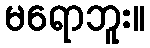
မရောဘူး။